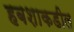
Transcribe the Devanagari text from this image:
हबशाकडील